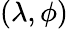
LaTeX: (\lambda,\phi)